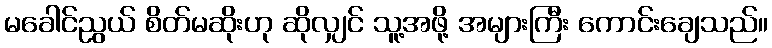
မခေါင်ညွယ် စိတ်မဆိုးဟု ဆိုလျှင် သူ့အဖို့ အများကြီး ကောင်းချေသည်။